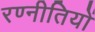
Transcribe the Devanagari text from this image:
रण्नीतियों